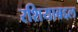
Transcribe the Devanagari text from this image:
रशियाबद्दल